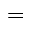
=